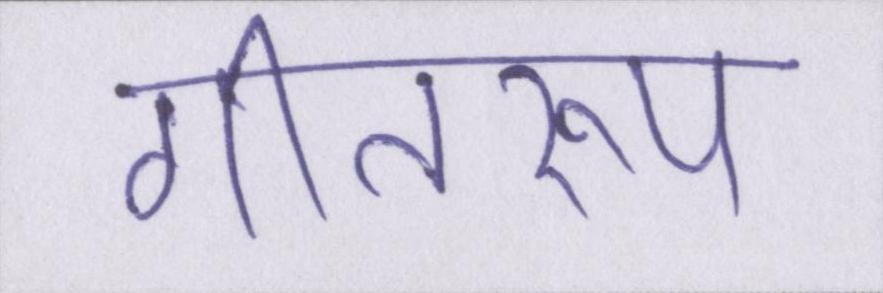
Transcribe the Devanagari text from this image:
गीतरूप